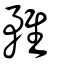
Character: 𨾣